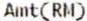
AMT(RM)